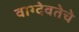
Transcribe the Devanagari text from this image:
वाग्देवतेचे